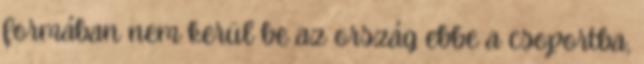
formában nem kerül be az ország ebbe a csoportba,